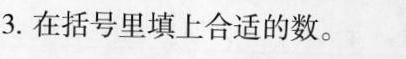
3. 在括号里填上合适的数。